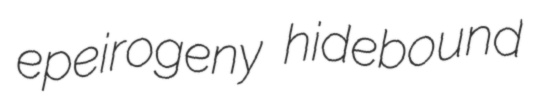
epeirogeny hidebound